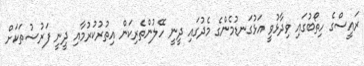
ރައީސްގެ ހިތޯބުގައި ވިދާޅުވީ އަޅުގަނޑުމެންގެ މެދުގައި ދީނީ ހޭލުންތެރިކަން އިތުރުކުރުމާއި ދީނީ ފަރުޟުތަކަށް